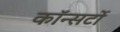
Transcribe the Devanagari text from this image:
कॉन्सर्टो